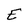
Character: E